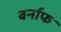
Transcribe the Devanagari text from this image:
बर्नाफ